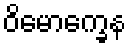
ဝိမောက္ခေန